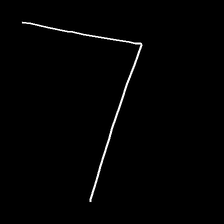
Glyph: region